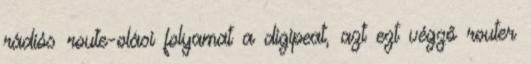
rádiós route-olási folyamat a digipeat, azt ezt végző router